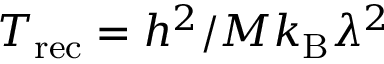
T _ { \mathrm { r e c } } = h ^ { 2 } / M k _ { \mathrm { B } } \lambda ^ { 2 }